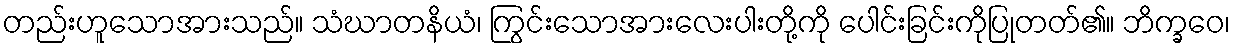
တည်းဟူသောအားသည်။ သံဃာတနိယံ၊ ကြွင်းသောအားလေးပါးတို့ကို ပေါင်းခြင်းကိုပြုတတ်၏။ ဘိက္ခဝေ၊